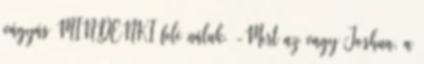
vágyás MINDENKI felé náluk. -Mert az vagy Joshua, a